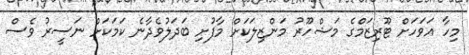
މިހާ އަވަހަށް ޓޫރިޒަމްގެ މަޝްހޫރު މަންޒިލަކަށް މާފުށި ބަދަލުވެދާނެ ކަމަކަށް ނަސީރު ވެސް